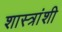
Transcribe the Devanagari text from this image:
शास्त्रांशी